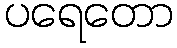
ပရေတော